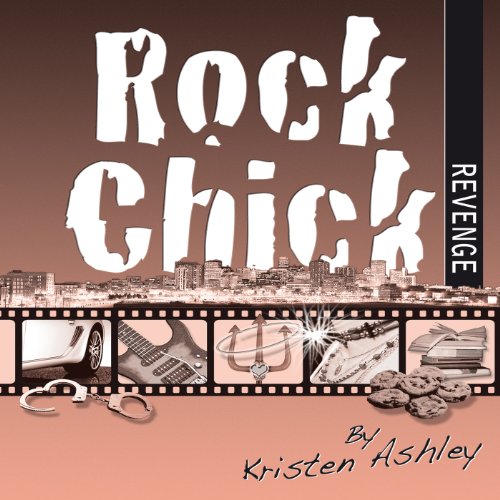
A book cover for Rock Chick Revenge; Kristen Ashley; Romance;